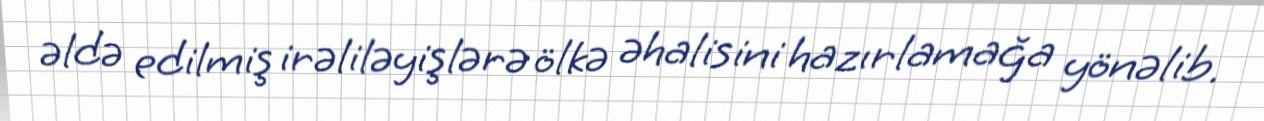
əldə edilmiş irəliləyişlərə ölkə əhalisini hazırlamağa yönəlib.